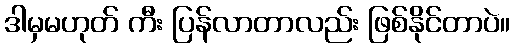
ဒါမှမဟုတ် ကီး ပြန်လာတာလည်း ဖြစ်နိုင်တာပဲ။